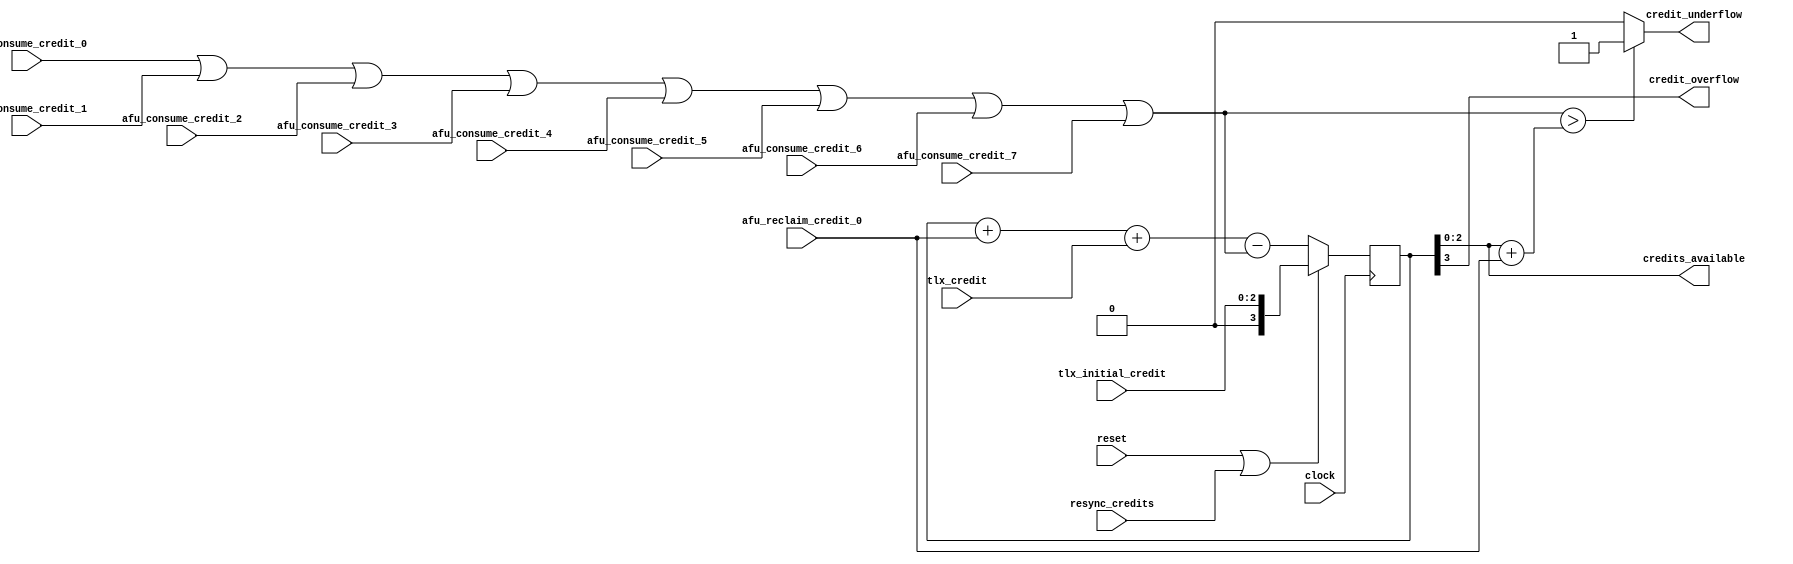
// This program was cloned from: https://github.com/OpenCAPI/ThymesisFlow
// License: Apache License 2.0

// *!***************************************************************************
// *! Copyright 2019 International Business Machines
// *!
// *! Licensed under the Apache License, Version 2.0 (the "License");
// *! you may not use this file except in compliance with the License.
// *! You may obtain a copy of the License at
// *! http://www.apache.org/licenses/LICENSE-2.0
// *!
// *! The patent license granted to you in Section 3 of the License, as applied
// *! to the "Work," hereby includes implementations of the Work in physical form.
// *!
// *! Unless required by applicable law or agreed to in writing, the reference design
// *! distributed under the License is distributed on an "AS IS" BASIS,
// *! WITHOUT WARRANTIES OR CONDITIONS OF ANY KIND, either express or implied.
// *! See the License for the specific language governing permissions and
// *! limitations under the License.
// *!
// *! The background Specification upon which this is based is managed by and available from
// *! the OpenCAPI Consortium.  More information can be found at https://opencapi.org.
// *!***************************************************************************
`timescale 1ns / 1ps
// Title    : lpc_tlx_afu_credit_mgr.v
// Function : This file increments and decrements credits from TLX to AFU, that are used to manage transfers from
//            AFU to TLX. Credits from the TLX start with an initial value (loaded at reset), then decrement in
//            integer amounts as the AFU consumes them. Credits are incremented by 1 whenever a signal from the
//            TLX is active in a cycle. Underflow (want to consume more credits than are available) and overflow
//            (received credits exceed the maximum count) are checked and output as error conditions.
//
// Parameterization: The maximum size of the counter can be passed in as a static parameter.
//
// -------------------------------------------------------------------
// @@@  Module Declaration
// ==============================================================================================================================
module lpc_tlx_afu_credit_mgr
  #(parameter MSB = 2)     // Bit number of most significant bit. i.e. a 3 bit counter, [2:0] has MSB=2
(
    // -----------------------------------
    // Miscellaneous Ports
    // -----------------------------------
    input          clock
  , input          reset                       // (active high)
  , input          resync_credits              // Reset credit counts when 1, start capturing/sending new credits on 1->0 transition

    // -----------------------------------
    // Credits from TLX
    // -----------------------------------
  , input  [MSB:0] tlx_initial_credit          // Number of starting credits from TLX
  , input          tlx_credit                  // Increment 1 credit each cycle the TLX sets this to 1


    // -----------------------------------
    // Consumption of credits by AFU
    // -----------------------------------
  , input  [MSB:0] afu_consume_credit_0        // The AFU may have multiple state machines that need to consume credits
  , input  [MSB:0] afu_consume_credit_1        // IMPORTANT: When an input is not used, set it to all 0s
  , input  [MSB:0] afu_consume_credit_2
  , input  [MSB:0] afu_consume_credit_3
  , input  [MSB:0] afu_consume_credit_4
  , input  [MSB:0] afu_consume_credit_5
  , input  [MSB:0] afu_consume_credit_6
  , input  [MSB:0] afu_consume_credit_7

    // -----------------------------------
    // Reclaimation of credits by AFU
    // -----------------------------------
  , input  [MSB:0] afu_reclaim_credit_0

    // -----------------------------------
    // Information on credits
    // -----------------------------------
  , output [MSB:0] credits_available           // Number of credits currently available
  , output         credit_overflow             // Error - received excess credits from TLX
  , output         credit_underflow            // Error - want to consume more credits than are currently available

) ;

// ==============================================================================================================================
// @@@  Combine consume requests
// ==============================================================================================================================
// In the first generation of AFU, the AFU works on one command at a time. Thus only one state machine should be requesting
// consumption of credits at any given time. With the assumption an input will be all 0s when not in use, a simple OR gate
// can be used to combine the consumption requests into a single vector.
wire [MSB:0] consume_credits;
assign consume_credits = afu_consume_credit_0 |
                         afu_consume_credit_1 |
                         afu_consume_credit_2 |
                         afu_consume_credit_3 |
                         afu_consume_credit_4 |
                         afu_consume_credit_5 |
                         afu_consume_credit_6 |
                         afu_consume_credit_7 ;

// If the AFU becomes more sophisticated and starts handling operations in parallel, this mechanism will need to become
// an adder, to sum up all requests in each cycle. However in this case underflow becomes more likely one operation is not
// necessarily aware of what other operations require, so combined they could request more credits than available. Therefore
// the interface may need to change to a request/grant style, allowing each to take turns getting credits to avoid this situation.

// ==============================================================================================================================
// @@@  Main counter
// ==============================================================================================================================
reg  [MSB+1:0] credit_reg;           // Make one bit larger so can check for overflow
wire   [MSB:0] zerovec;
wire [MSB+1:0] onevec;

assign zerovec = {(MSB+1){1'b0}};    // Define a string of 0s of the correct length to make comparisons easier to understand
assign onevec  = {zerovec, 1'b1};

always @(posedge(clock))
  begin
    if (reset == 1'b1 || resync_credits == 1'b1)
      credit_reg <= {1'b0,tlx_initial_credit};
    else
      // Increment by bulk credit reclaimation, a single pulse to reclaim 1 credit, or decrement by bulk consumption
      credit_reg <= credit_reg + {1'b0,afu_reclaim_credit_0} + { zerovec, tlx_credit } - {1'b0,consume_credits};
  end

assign credits_available = credit_reg[MSB:0];                                    // Pass credits available to external logic
assign credit_overflow   = credit_reg[MSB+1];                                    // Overflow if accumulate more credits than should be allowed
assign credit_underflow  = (consume_credits > (credit_reg[MSB:0] + afu_reclaim_credit_0)) ? 1'b1 : 1'b0;  // Underflow if ask for more credits than are available

endmodule